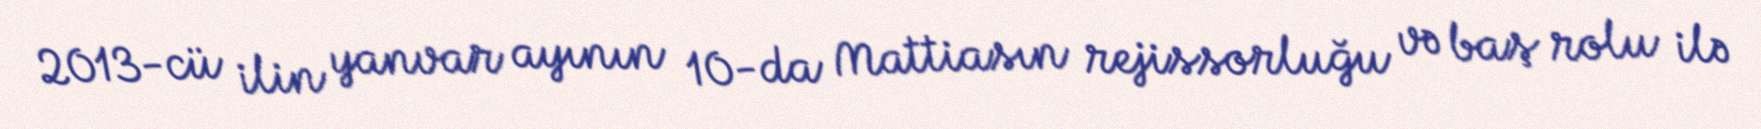
2013-cü ilin yanvar ayının 10-da Mattiasın rejissorluğu və baş rolu ilə